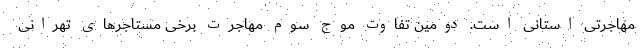
مهاجرتی استانی است. دومین تفاوت موج سوم مهاجرت برخی مستاجرهای تهرانی